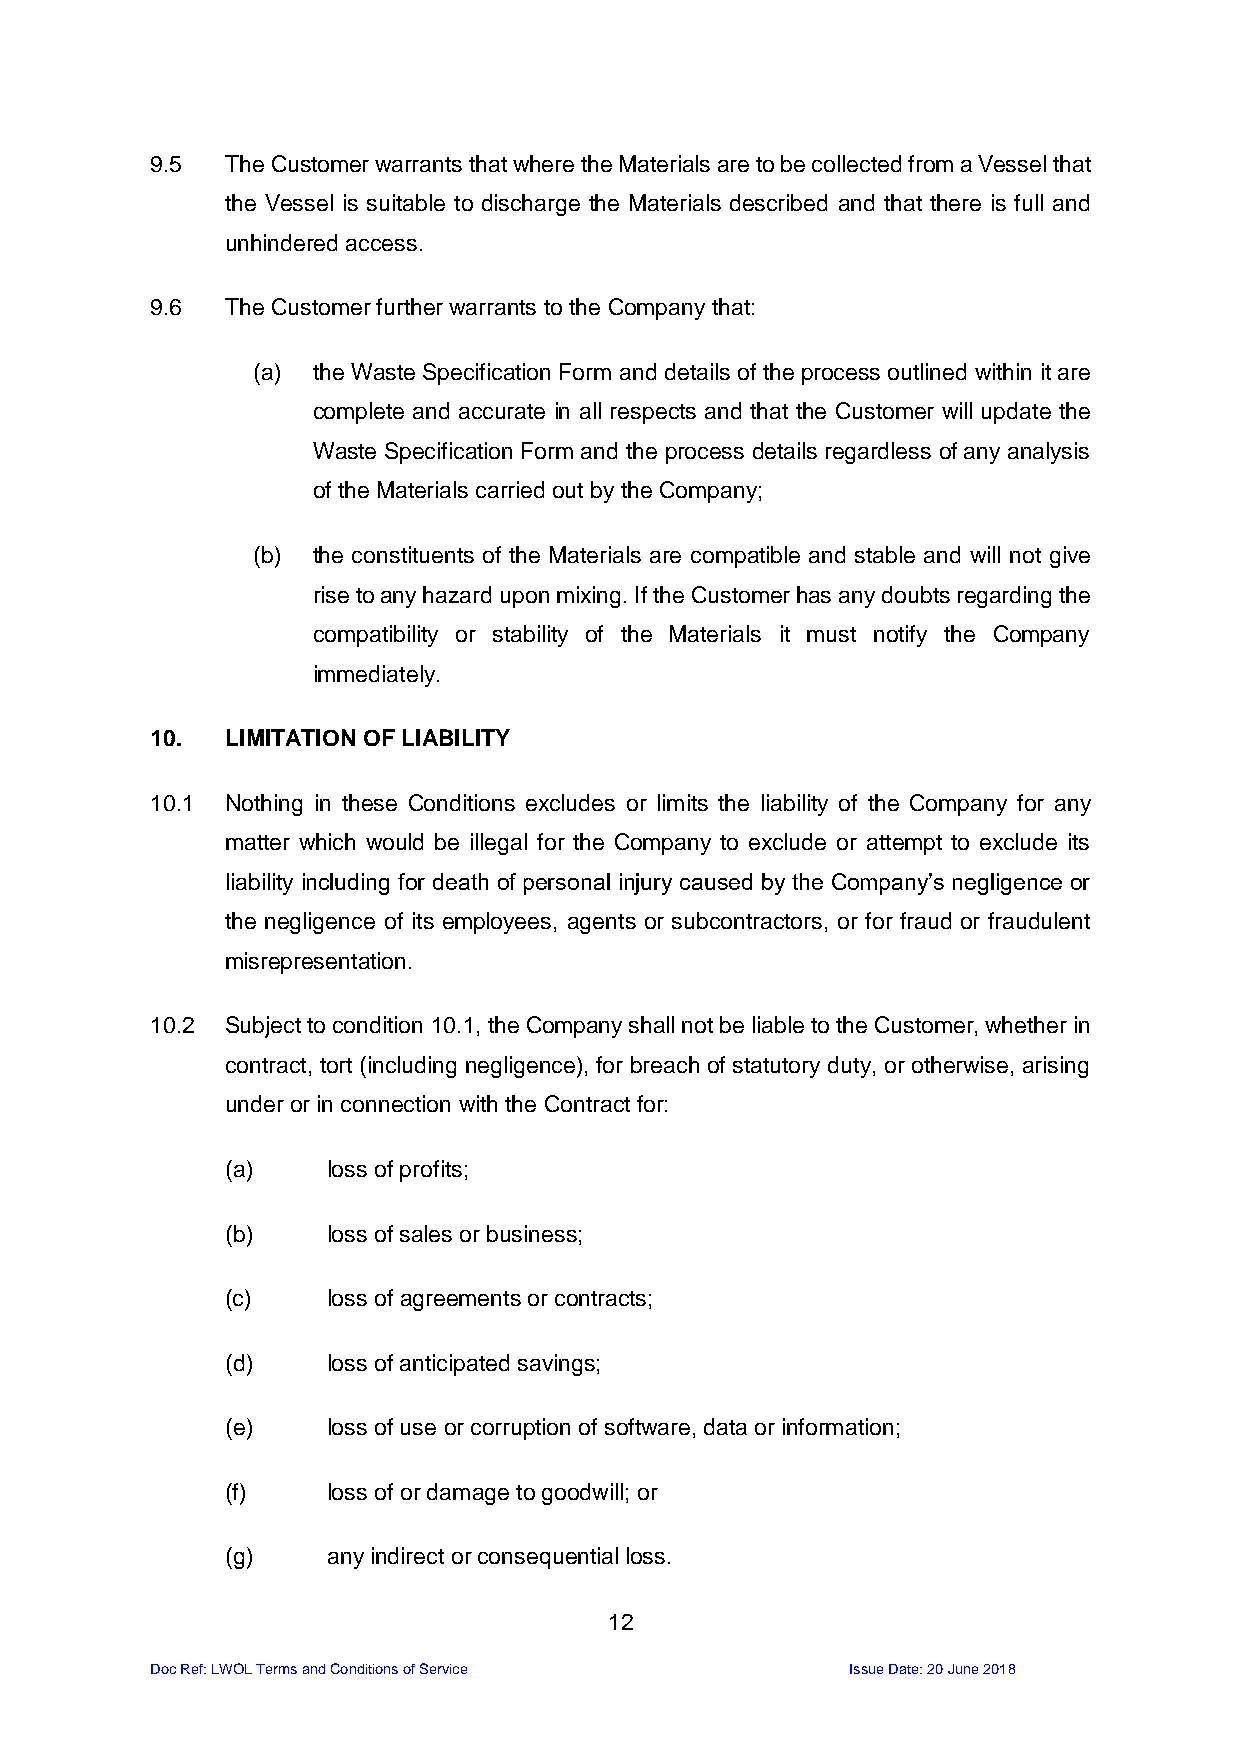
9.5  The Customer warrants that where the Materials are to be collected from a Vessel that
 the Vessel is suitable to discharge the Materials described and that there is full and
 unhindered access.
 9.6  The Customer further warrants to the Company that:
 (a) the Waste Specification Form and details of the process outlined within it are
 complete and accurate in all respects and that the Customer will update the
 Waste Specification Form and the process details regardless of any analysis
 of the Materials carried out by the Company;
 (b) the constituents of the Materials are compatible and stable and will not give
 rise to any hazard upon mixing. If the Customer has any doubts regarding the
 compatibility or stability of the Materials it must notify the Company
 immediately.
 10.  LIMITATION OF LIABILITY
 10.1 Nothing in these Conditions excludes or limits the liability of the Company for any
 matter which would be illegal for the Company to exclude or attempt to exclude its
 liability including for death of personal injury caused by the Company’s negligence or
 the negligence of its employees, agents or subcontractors, or for fraud or fraudulent
 misrepresentation.
 10.2 Subject to condition 10.1, the Company shall not be liable to the Customer, whether in
 contract, tort (including negligence), for breach of statutory duty, or otherwise, arising
 under or in connection with the Contract for:
 (a)    loss of profits;
 (b)    loss of sales or business;
 (c)    loss of agreements or contracts;
 (d)    loss of anticipated savings;
 (e)    loss of use or corruption of software, data or information;
 (f)    loss of or damage to goodwill; or
 (g)    any indirect or consequential loss.
 12
 Doc Ref: LWOL Terms and Conditions of Service Issue Date: 20 June 2018